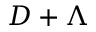
D + \Lambda